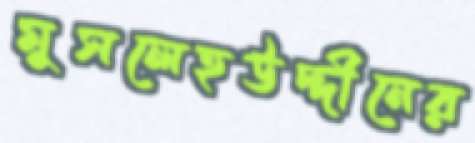
মুসলেহউদ্দীনের